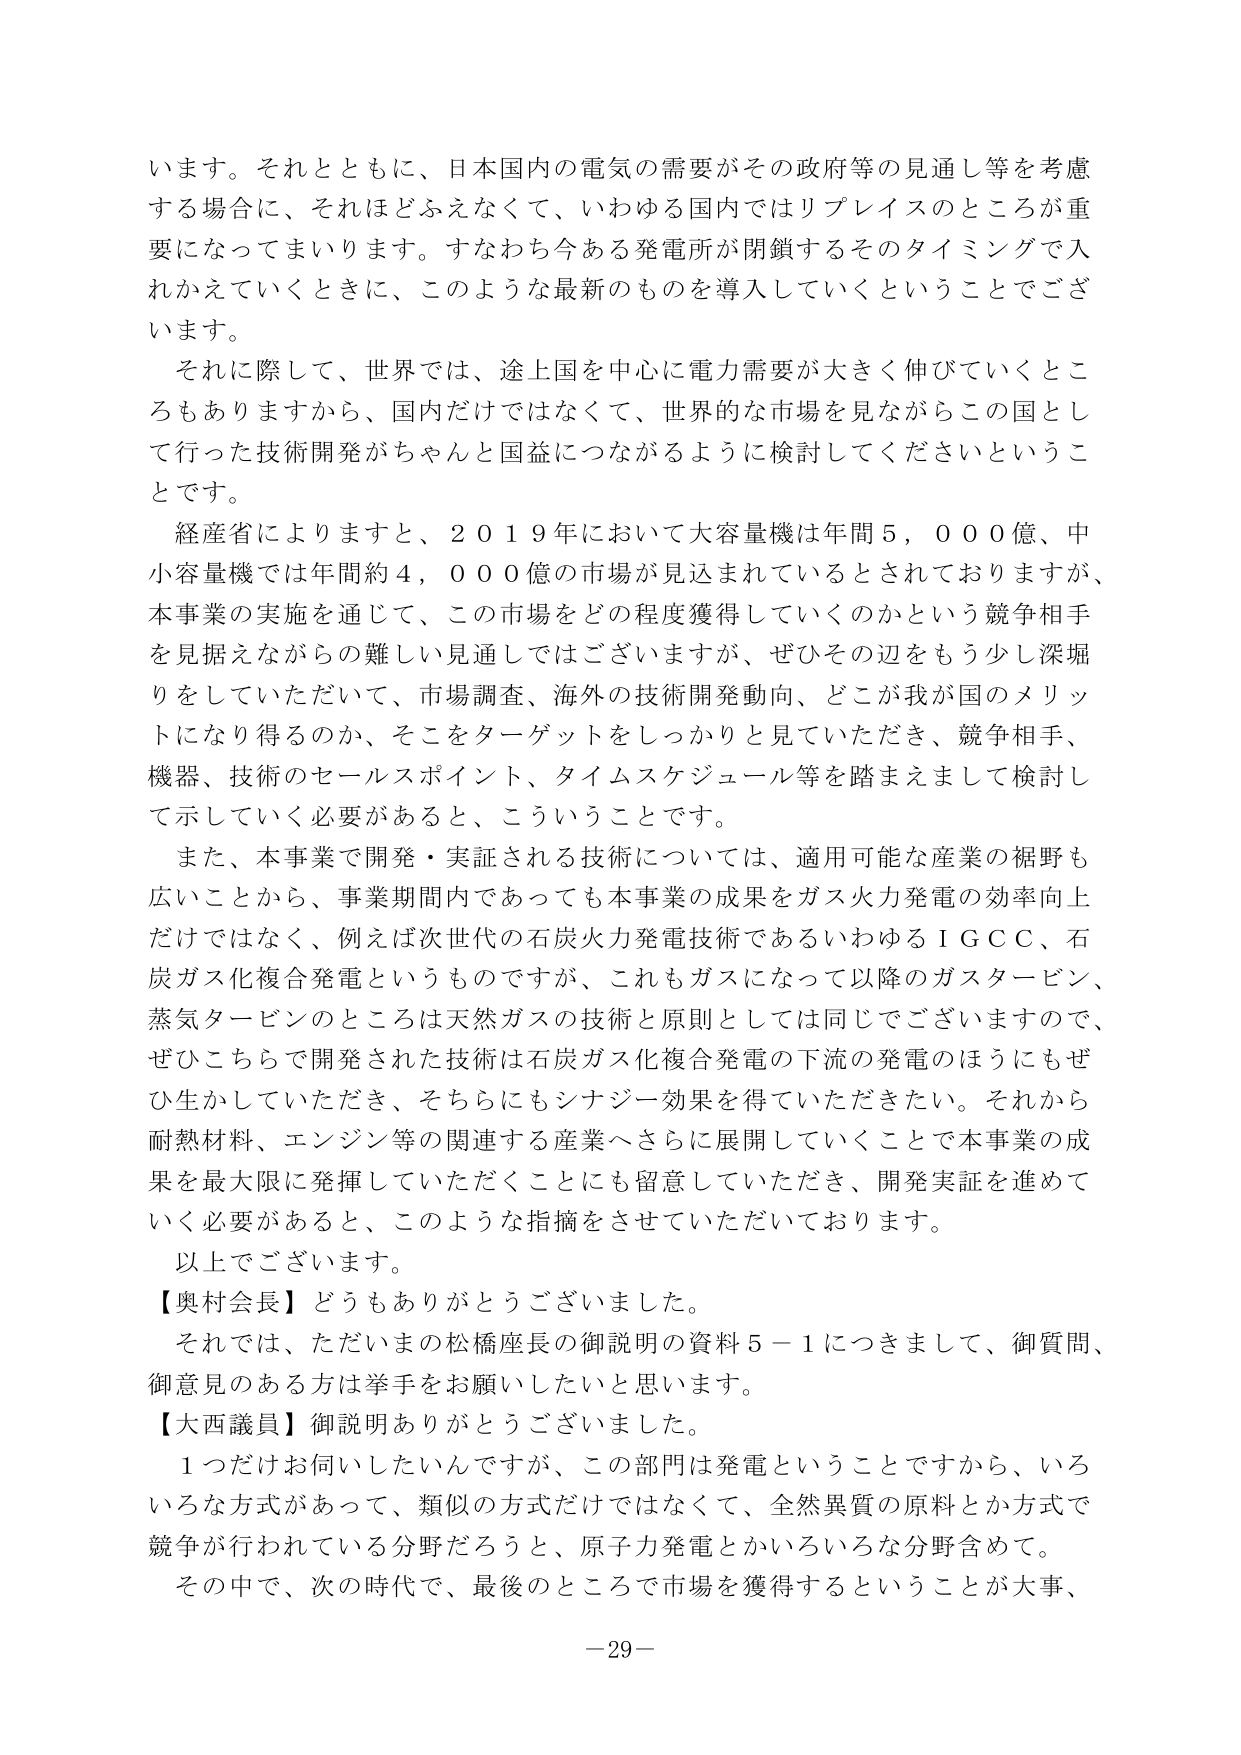
います。それとともに、日本国内の電気の需要がその政府等の見通し等を考慮する場合に、それほどふえなくて、いわゆる国内ではリプレイスのところが重要になってまいります。すなわち今ある発電所が閉鎖するそのタイミングで入れかえていくときに、このような最新のものを導入していくということでございます。

それに際して、世界では、途上国を中心に電力需要が大きく伸びていくところもありますから、国内だけではなくて、世界的な市場を見ながらこの国として行った技術開発がちゃんと国益につながるように検討してくださいということです。

経産省によりますと、２０１９年において大容量機は年間５，０００億、中小容量機では年間約４，０００億の市場が見込まれているとされておりますが、本事業の実施を通じて、この市場をどの程度獲得していくのかという競争相手を見据えながらの難しい見通しではございますが、ぜひその辺をもう少し深堀りをしていただいて、市場調査、海外の技術開発動向、どこが我が国のメリットになり得るのか、そこをターゲットをしっかり見ていただき、競争相手、機器、技術のセールスポイント、タイムスケジュール等を踏まえまして検討して示していく必要があると、こういうことです。

また、本事業で開発・実証される技術については、適用可能な産業の裾野も広いことから、事業期間内であっても本事業の成果をガス火力発電の効率向上だけではなく、例えば次世代の石炭火力発電技術であるいわゆるＩＧＣＣ、石炭ガス化複合発電というものですか、これもガスになって以降のガスタービン、蒸気タービンのところは天然ガスの技術と原則としては同じでございますので、ぜひこちらで開発された技術は石炭ガス化複合発電の下流の発電のほうにもぜひ生かしていただき、それらにもシナジー効果を得ていただきたい。それから耐熱材料、エンジン等の関連する産業へさらに展開していくことで本事業の成果を最大限に発揮していただくことにも留意していただき、開発実証を進めていく必要があると、このような指摘をさせていただいております。

以上でございます。

【奥村会長】どうもありがとうございました。

それでは、ただいまの松橋座長の御説明の資料５－１につきまして、御質問、御意見のある方は挙手をお願いしたいと思います。

【大西議員】御説明ありがとうございました。

１つだけお伺いしたいんですが、この部門は発電ということですから、いろいろな方式があって、類似の方式だけではなくて、全然異質の原料とか方式で競争が行われている分野だろうと、原子力発電とかいろいろな分野含めて。

その中で、次の時代で、最後のところで市場を獲得するということが大事、

－29－